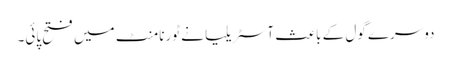
دوسرے گول کے باعث آسٹریلیا نے ٹورنامنٹ میں فتح پائی۔